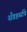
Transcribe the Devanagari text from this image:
सँडहर्स्टचे